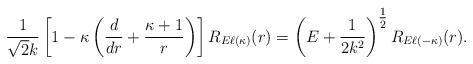
LaTeX: \begin{align*}\frac{1}{\sqrt{2}k}\left[ 1-\kappa\left( \frac{d}{dr}+\frac{\kappa+1}{r}\right)\right]R_{E\ell(\kappa)}(r)=\left(E+\frac{1}{2k^{2}}\right)^{\mbox{$\frac{1}{2}$}}R_{E\ell(-\kappa)}(r).\end{align*}